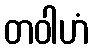
တဝါဟံ